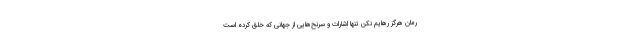
رمان هرگز رهایم نکن تنها اشارات و سرنخ‌هایی از جهانی که خلق کرده است